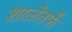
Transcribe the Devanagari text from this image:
शाळेतर्फे